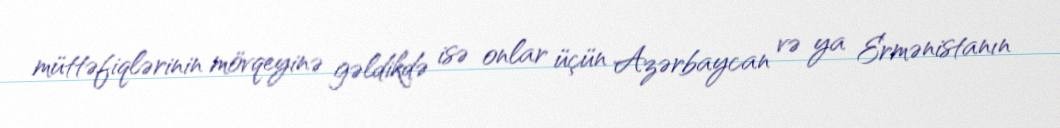
müttəfiqlərinin mövqeyinə gəldikdə isə onlar üçün Azərbaycan və ya Ermənistanın